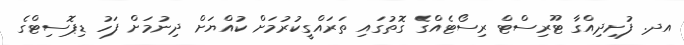
އދ. ފުށިދިއްގާ ޓޫރިސްޓް ރިސޯޓެއްގެ ގޮތުގައި ތަރައްގީކުރުމަށް ކުއްޔަށް ދިނުމަށް ފަހު ޑިޕޮސިޓްގެ